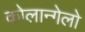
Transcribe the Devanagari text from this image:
कोलान्गेलो